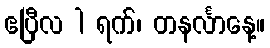
ဧပြီလ 1 ရက်၊ တနင်္လာနေ့။